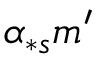
\alpha _ { \ast s } m ^ { \prime }